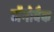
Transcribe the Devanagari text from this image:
जॅनोवैक